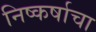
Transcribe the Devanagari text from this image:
निष्कर्षाचा